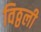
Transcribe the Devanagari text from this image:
विठ्ठली